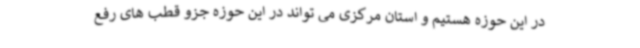
در این حوزه هستیم و استان مرکزی می تواند در این حوزه جزو قطب های رفع